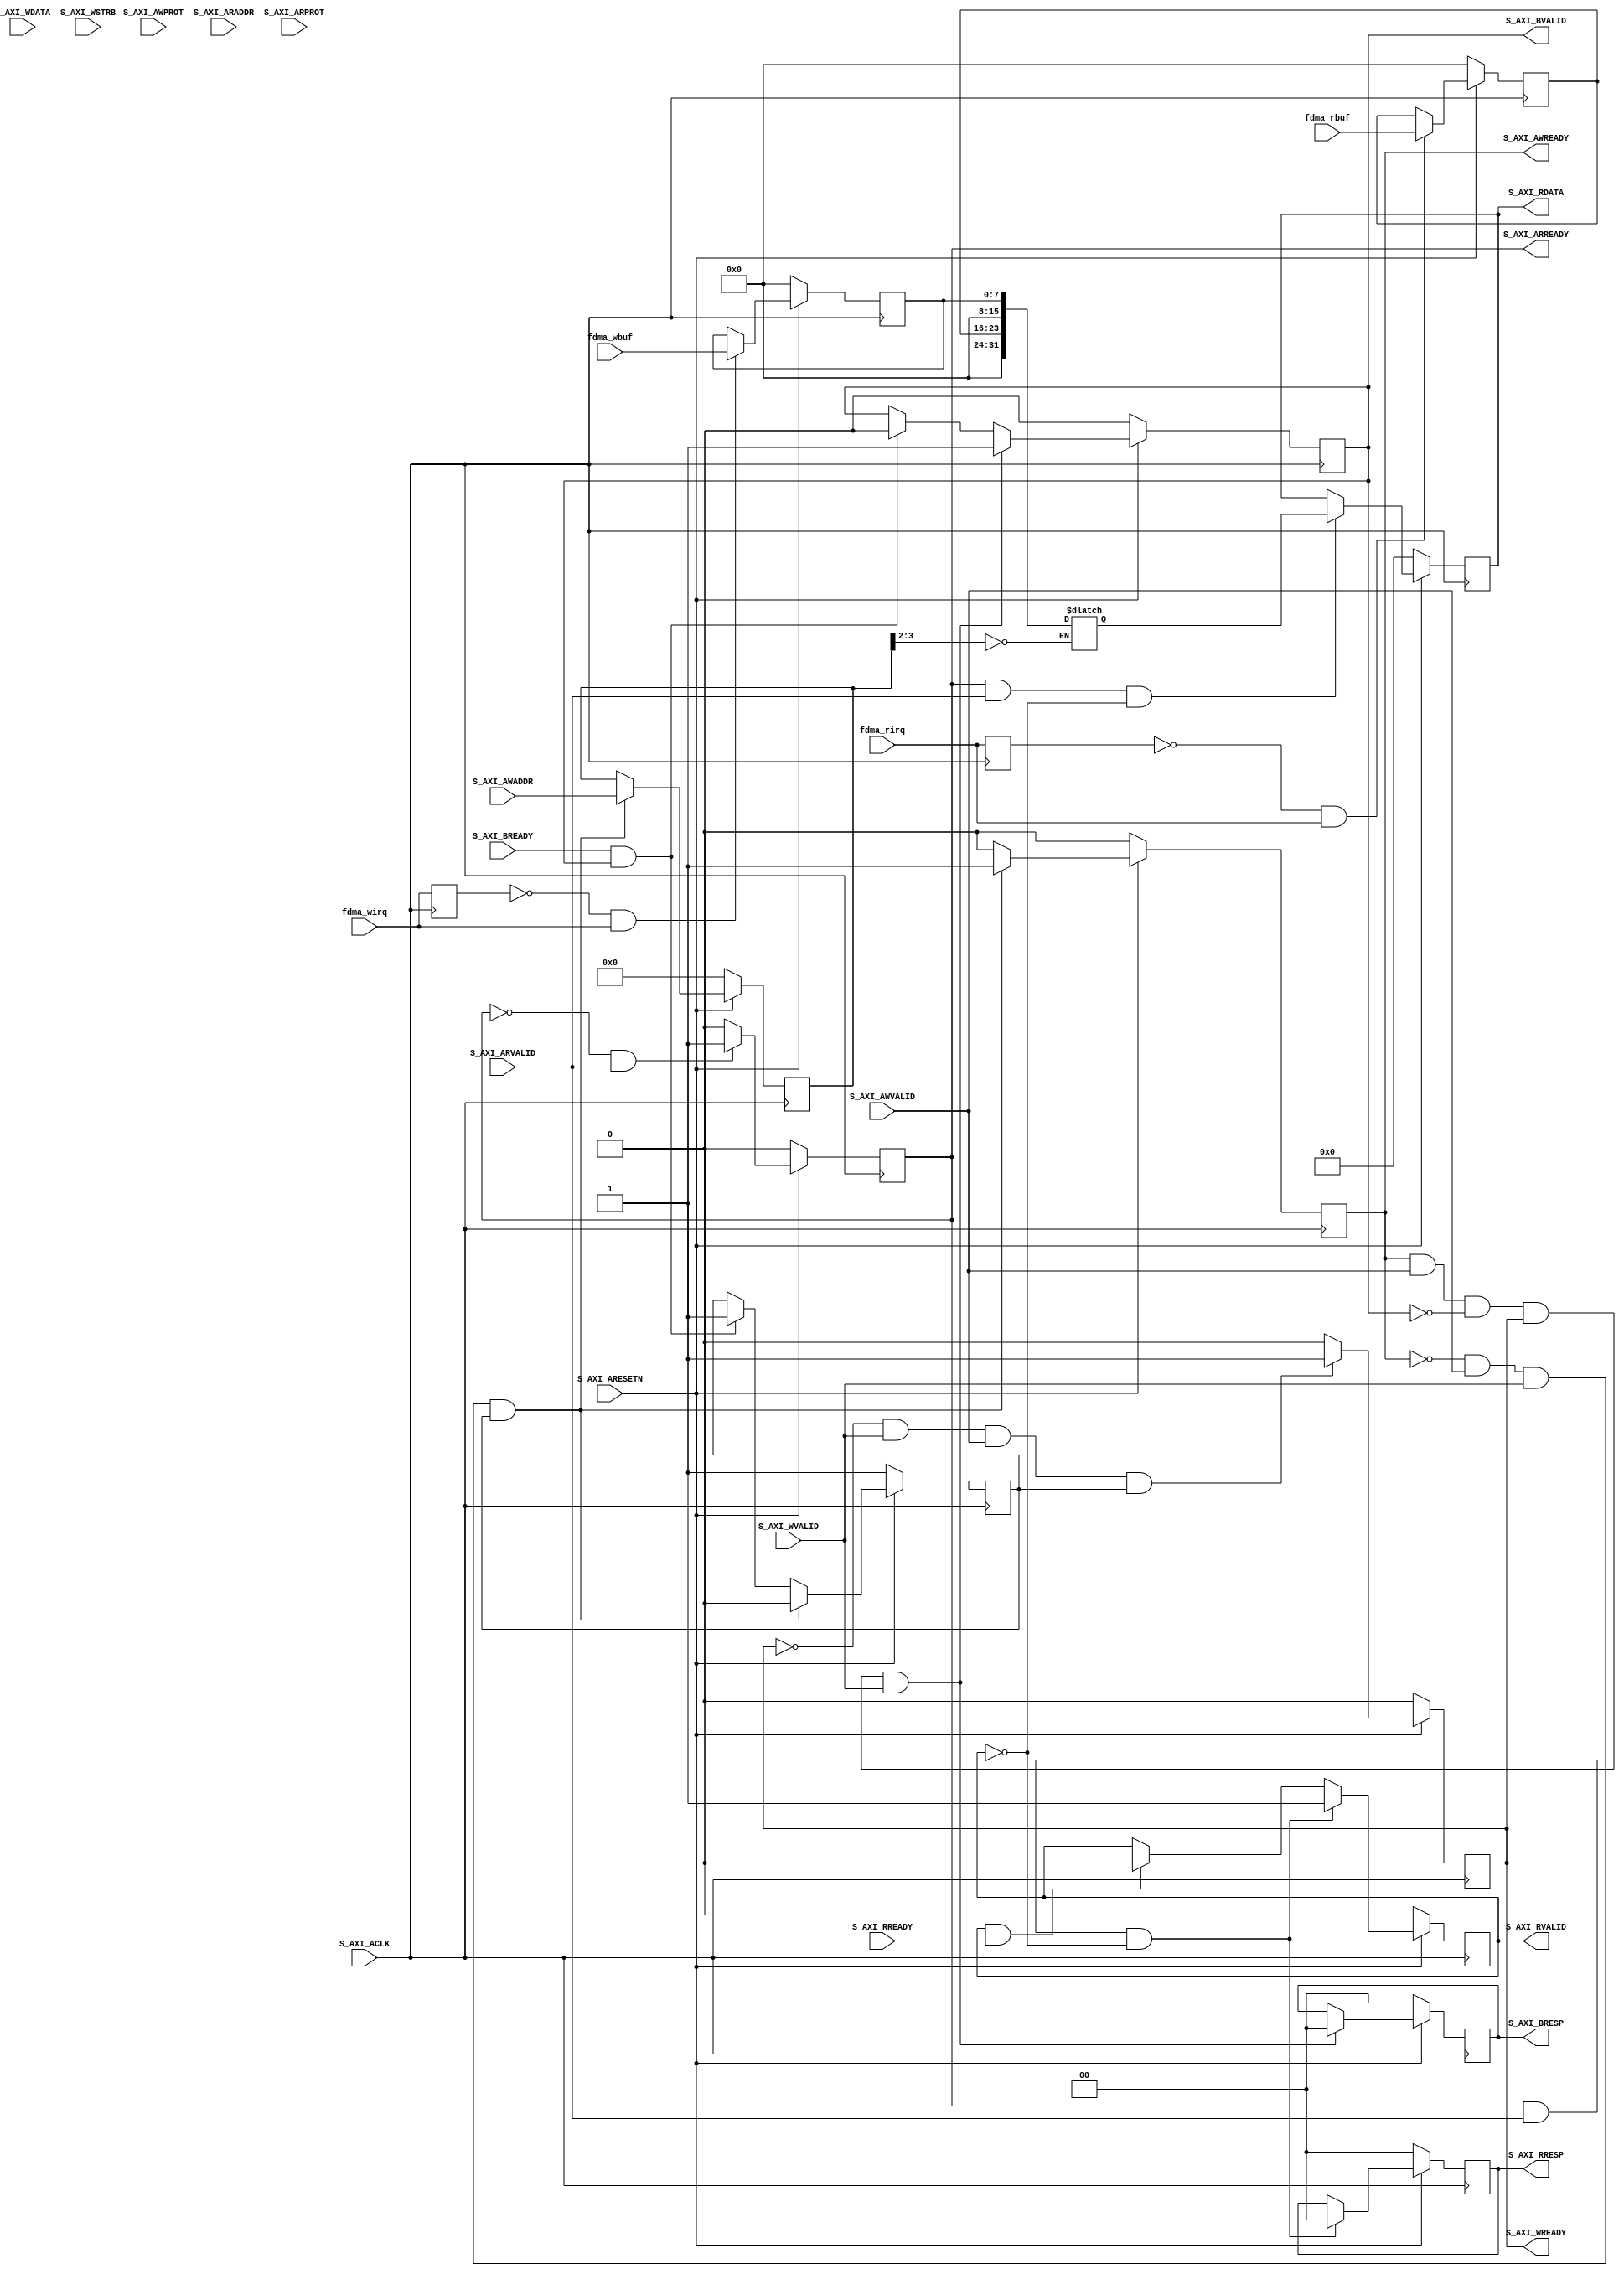
`timescale 1ns / 1ps
/*******************************MILIANKE*******************************
*Company : MiLianKe Electronic Technology Co., Ltd.
*WebSite:https://www.milianke.com
*TechWeb:https://www.uisrc.com
*tmall-shop:https://milianke.tmall.com
*jd-shop:https://milianke.jd.com
*taobao-shop: https://milianke.taobao.com
*Module Name:
*File Name:
*Description: 
*The reference demo provided by Milianke is only used for learning. 
*We cannot ensure that the demo itself is free of bugs, so users 
*should be responsible for the technical problems and consequences
*caused by the use of their own products.
*Copyright: Copyright (c) MiLianKe
*All rights reserved.
*Revision: 3.1
*Signal description
*1) _i input
*2) _o output
*3) _n activ low
*4) _dg debug signal 
*5) _r delay or register
*6) _s state mechine
*********************************************************************/

module uidbufirq
(
input wire [7  :0]              fdma_wbuf,	
input							fdma_wirq, 
input wire [7  :0]              fdma_rbuf,
input							fdma_rirq, 

input  wire                     S_AXI_ACLK,
input  wire                     S_AXI_ARESETN,
input  wire [3 : 0]             S_AXI_AWADDR,
input  wire [2 : 0]             S_AXI_AWPROT,
input  wire                     S_AXI_AWVALID,
output wire                     S_AXI_AWREADY,
input  wire [31 : 0]            S_AXI_WDATA,  
input  wire [3  : 0]            S_AXI_WSTRB,
input  wire                     S_AXI_WVALID,
output wire                     S_AXI_WREADY,
output wire [1 : 0]             S_AXI_BRESP,
output wire                     S_AXI_BVALID,
input  wire                     S_AXI_BREADY,
input  wire [3 : 0]             S_AXI_ARADDR,
input  wire [2 : 0]             S_AXI_ARPROT,
input  wire                     S_AXI_ARVALID,
output wire                     S_AXI_ARREADY,
output wire [31 : 0]            S_AXI_RDATA,
output wire [1  : 0]            S_AXI_RRESP,
output wire                     S_AXI_RVALID,
input  wire                     S_AXI_RREADY
);



// AXI4LITE signals
reg [3 : 0]	     axi_awaddr;
reg  	         axi_awready;
reg  	         axi_wready;
reg [1 : 0] 	 axi_bresp;
reg  	         axi_bvalid;
reg [3 : 0]	 	 axi_araddr;
reg  	         axi_arready;
reg [31: 0] 	 axi_rdata;
reg [1 : 0] 	 axi_rresp;
reg  	         axi_rvalid;

// Example-specific design signals
// local parameter for addressing 32 bit / 64 bit C_S_AXI_DATA_WIDTH
// ADDR_LSB is used for addressing 32/64 bit registers/memories
// ADDR_LSB = 2 for 32 bits (n downto 2)
// ADDR_LSB = 3 for 64 bits (n downto 3)
localparam integer ADDR_LSB = 2;
localparam integer OPT_MEM_ADDR_BITS = 1;
//----------------------------------------------
//-- Signals for user logic register space example
//------------------------------------------------
//-- Number of Slave Registers 4
reg [31:0]	slv_reg0;
reg [31:0]	slv_reg1;
wire	 slv_reg_rden;
wire	 slv_reg_wren;
reg [31:0]	 reg_data_out;
integer	 byte_index;
reg	 aw_en;

// I/O Connections assignments

assign S_AXI_AWREADY	= axi_awready;
assign S_AXI_WREADY	= axi_wready;
assign S_AXI_BRESP	= axi_bresp;
assign S_AXI_BVALID	= axi_bvalid;
assign S_AXI_ARREADY = axi_arready;
assign S_AXI_RDATA	= axi_rdata;
assign S_AXI_RRESP	= axi_rresp;
assign S_AXI_RVALID	= axi_rvalid;
// Implement axi_awready generation
// axi_awready is asserted for one S_AXI_ACLK clock cycle when both
// S_AXI_AWVALID and S_AXI_WVALID are asserted. axi_awready is
// de-asserted when reset is low.

always @( posedge S_AXI_ACLK )
begin
	if ( S_AXI_ARESETN == 1'b0 )
	begin
		axi_awready <= 1'b0;
		aw_en <= 1'b1;
	end 
	else
	begin    
		if (~axi_awready && S_AXI_AWVALID && S_AXI_WVALID && aw_en)
		begin
			// slave is ready to accept write address when 
			// there is a valid write address and write data
			// on the write address and data bus. This design 
			// expects no outstanding transactions. 
			axi_awready <= 1'b1;
			aw_en <= 1'b0;
		end
		else if (S_AXI_BREADY && axi_bvalid)
			begin
				aw_en <= 1'b1;
				axi_awready <= 1'b0;
			end
		else           
		begin
			axi_awready <= 1'b0;
		end
	end 
end       

// Implement axi_awaddr latching
// This process is used to latch the address when both 
// S_AXI_AWVALID and S_AXI_WVALID are valid. 

always @( posedge S_AXI_ACLK )
begin
	if ( S_AXI_ARESETN == 1'b0 )
	begin
		axi_awaddr <= 0;
	end 
	else
	begin    
		if (~axi_awready && S_AXI_AWVALID && S_AXI_WVALID && aw_en)
		begin
			// Write Address latching 
			axi_awaddr <= S_AXI_AWADDR;
		end
	end 
end       

// Implement axi_wready generation
// axi_wready is asserted for one S_AXI_ACLK clock cycle when both
// S_AXI_AWVALID and S_AXI_WVALID are asserted. axi_wready is 
// de-asserted when reset is low. 

always @( posedge S_AXI_ACLK )
begin
	if ( S_AXI_ARESETN == 1'b0 )
	begin
		axi_wready <= 1'b0;
	end 
	else
	begin    
		if (~axi_wready && S_AXI_WVALID && S_AXI_AWVALID && aw_en )
		begin
			// slave is ready to accept write data when 
			// there is a valid write address and write data
			// on the write address and data bus. This design 
			// expects no outstanding transactions. 
			axi_wready <= 1'b1;
		end
		else
		begin
			axi_wready <= 1'b0;
		end
	end 
end       

assign slv_reg_wren = axi_wready && S_AXI_WVALID && axi_awready && S_AXI_AWVALID;

always @( posedge S_AXI_ACLK )
begin
	if ( S_AXI_ARESETN == 1'b0 )begin
		slv_reg0 <= 0;
	end 
	else if(slv_reg_wren)begin 
		if (axi_awaddr[3:2] == 2'd0)
			slv_reg0[31:0] <= S_AXI_WDATA[31:0];
		else if (axi_awaddr[3:2] == 2'd1)
			slv_reg1[31:0] <= S_AXI_WDATA[31:0];   
	end else begin
			slv_reg0 <= 0;
			slv_reg1 <= 0;
	end   
end    

// Implement write response logic generation
// The write response and response valid signals are asserted by the slave 
// when axi_wready, S_AXI_WVALID, axi_wready and S_AXI_WVALID are asserted.  
// This marks the acceptance of address and indicates the status of 
// write transaction.

always @( posedge S_AXI_ACLK )
begin
	if ( S_AXI_ARESETN == 1'b0 )
	begin
		axi_bvalid  <= 0;
		axi_bresp   <= 2'b0;
	end 
	else
	begin    
		if (axi_awready && S_AXI_AWVALID && ~axi_bvalid && axi_wready && S_AXI_WVALID)
		begin
			// indicates a valid write response is available
			axi_bvalid <= 1'b1;
			axi_bresp  <= 2'b0; // 'OKAY' response 
		end                   // work error responses in future
		else
		begin
			if (S_AXI_BREADY && axi_bvalid) 
			//check if bready is asserted while bvalid is high) 
			//(there is a possibility that bready is always asserted high)   
			begin
				axi_bvalid <= 1'b0; 
			end  
		end
	end
end   

// Implement axi_arready generation
// axi_arready is asserted for one S_AXI_ACLK clock cycle when
// S_AXI_ARVALID is asserted. axi_awready is 
// de-asserted when reset (active low) is asserted. 
// The read address is also latched when S_AXI_ARVALID is 
// asserted. axi_araddr is reset to zero on reset assertion.

always @( posedge S_AXI_ACLK )
begin
	if ( S_AXI_ARESETN == 1'b0 )
	begin
		axi_arready <= 1'b0;
		axi_araddr  <= 32'b0;
	end 
	else
	begin    
		if (~axi_arready && S_AXI_ARVALID)
		begin
			// indicates that the slave has acceped the valid read address
			axi_arready <= 1'b1;
			// Read address latching
			axi_araddr  <= S_AXI_ARADDR;
		end
		else
		begin
			axi_arready <= 1'b0;
		end
	end 
end       

// Implement axi_arvalid generation
// axi_rvalid is asserted for one S_AXI_ACLK clock cycle when both 
// S_AXI_ARVALID and axi_arready are asserted. The slave registers 
// data are available on the axi_rdata bus at this instance. The 
// assertion of axi_rvalid marks the validity of read data on the 
// bus and axi_rresp indicates the status of read transaction.axi_rvalid 
// is deasserted on reset (active low). axi_rresp and axi_rdata are 
// cleared to zero on reset (active low).  
always @( posedge S_AXI_ACLK )
begin
	if ( S_AXI_ARESETN == 1'b0 )
	begin
		axi_rvalid <= 0;
		axi_rresp  <= 0;
	end 
	else
	begin    
		if (axi_arready && S_AXI_ARVALID && ~axi_rvalid)
		begin
			// Valid read data is available at the read data bus
			axi_rvalid <= 1'b1;
			axi_rresp  <= 2'b0; // 'OKAY' response
		end   
		else if (axi_rvalid && S_AXI_RREADY)
		begin
			// Read data is accepted by the master
			axi_rvalid <= 1'b0;
		end                
	end
end    


reg [7:0] fdma_wbuf_irq;
reg [7:0] fdma_rbuf_irq;
reg fdma_wirq_r;
reg fdma_rirq_r;

// Implement memory mapped register select and read logic generation
// Slave register read enable is asserted when valid address is available
// and the slave is ready to accept the read address.
assign slv_reg_rden = axi_arready & S_AXI_ARVALID & ~axi_rvalid;
always @(*)
if(axi_awaddr[3:2] == 2'd0)
		reg_data_out[31 : 0] <= {8'd0,fdma_rbuf_irq,8'd0,fdma_wbuf_irq};
else 
		reg_data_out <= reg_data_out;
		
// Output register or memory read data
always @( posedge S_AXI_ACLK )
begin
	if ( S_AXI_ARESETN == 1'b0 )
	begin
		axi_rdata  <= 0;
	end 
	else
	begin    
		// When there is a valid read address (S_AXI_ARVALID) with 
		// acceptance of read address by the slave (axi_arready), 
		// output the read dada 
		if (slv_reg_rden) begin
			axi_rdata <= reg_data_out;     // register read data
		end   
	end
end    

	
always @(posedge S_AXI_ACLK) fdma_wirq_r <= fdma_wirq;

always @(posedge S_AXI_ACLK)begin
if( S_AXI_ARESETN == 1'b0)
	fdma_wbuf_irq <= 0;
else if(fdma_wirq_r == 1'b0 & fdma_wirq == 1'b1) 
	fdma_wbuf_irq <= fdma_wbuf; 
end

always @(posedge S_AXI_ACLK) fdma_rirq_r <= fdma_rirq;

always @(posedge S_AXI_ACLK)begin
if( S_AXI_ARESETN == 1'b0)
	fdma_rbuf_irq <= 0;
else if(fdma_rirq_r == 1'b0 & fdma_rirq == 1'b1) 
	fdma_rbuf_irq <= fdma_rbuf; 
end

// User logic ends

endmodule